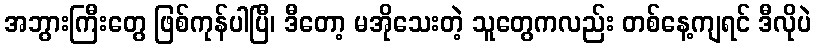
အဘွားကြီးတွေ ဖြစ်ကုန်ပါပြီ၊ ဒီတော့ မအိုသေးတဲ့ သူတွေကလည်း တစ်နေ့ကျရင် ဒီလိုပဲ